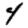
Digit: 4